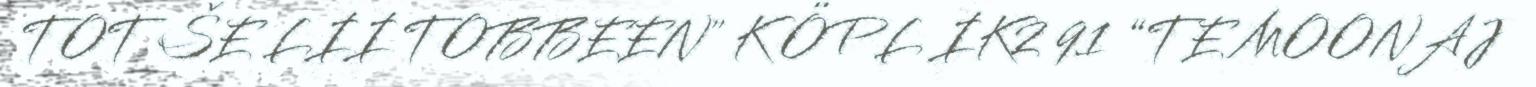
TOT ŠE LII TOBBEEN" K ÖPL IK2 91 “TE MOONAJ